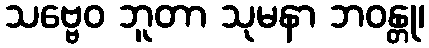
သဗ္ဗေဝ ဘူတာ သုမနာ ဘဝန္တု၊